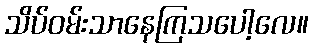
သိပ်ဝမ်းသာနေကြသပေါ့လေ။